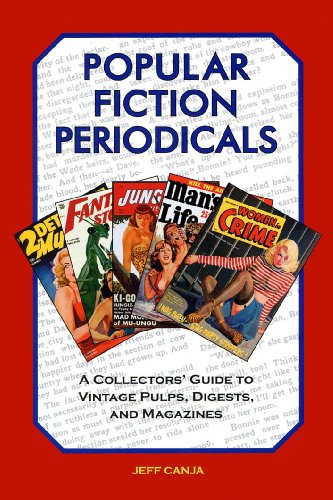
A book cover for Popular Fiction Periodicals: A Collectors' Guide to Vintage Pulps, Digests, and Magazines; Jeff Canja; Crafts, Hobbies & Home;